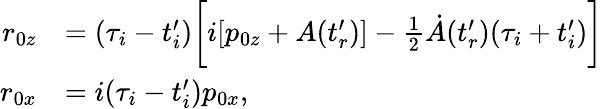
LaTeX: \begin{array}{rl}{r_{0z}}&{=(\tau_{i}-t_{i}^{\prime})\biggl[i[p_{0z}+A(t_{r}^{\prime})]-\frac{1}{2}\dot{A}(t_{r}^{\prime})(\tau_{i}+t_{i}^{\prime})\biggr]}\\ {r_{0x}}&{=i(\tau_{i}-t_{i}^{\prime})p_{0x},}\end{array}